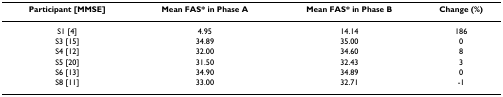
| Participant [MMSE] | Mean FAS* in Phase A | Mean FAS* in Phase B | Change (%) |
 | --- | --- | --- | --- |
 | S1 [4] | 4.95 | 14.14 | 186 |
 | S3 [15] | 34.89 | 35.00 | 0 |
 | S4 [12] | 32.00 | 34.60 | 8 |
 | S5 [20] | 31.50 | 32.43 | 3 |
 | S6 [13] | 34.90 | 34.89 | 0 |
 | S8 [11] | 33.00 | 32.71 | -1 |